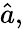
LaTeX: {\hat{a}},